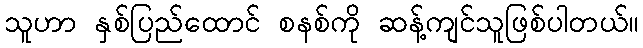
သူဟာ နှစ်ပြည်ထောင် စနစ်ကို ဆန့်ကျင်သူဖြစ်ပါတယ်။